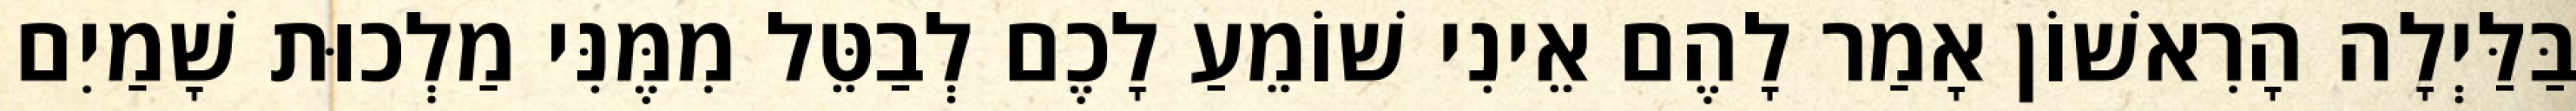
בַּלַּיְלָה הָרִאשׁוֹן אָמַר לָהֶם אֵינִי שׁוֹמֵעַ לָכֶם לְבַטֵּל מִמֶּנִּי מַלְכוּת שָׁמַיִם